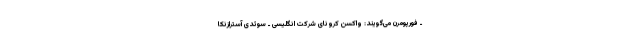
ـ فورپومرن می‌گویند: واکسن کرونای شرکت انگلیسی ـ سوئدی آسترازنکا